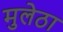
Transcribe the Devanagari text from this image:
मुलेठा